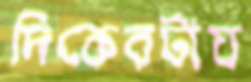
দিকেরটায়